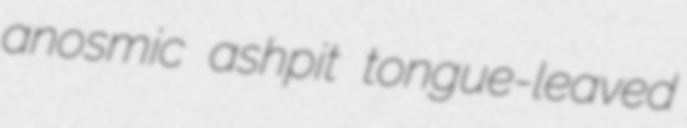
anosmic ashpit tongue-leaved